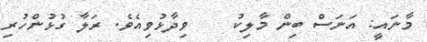
މާނައީ: އަނަސް ބިން މާލިކު    ވިދާޅުވިއެވެ. ރަލާ ގުޅުންހުރި